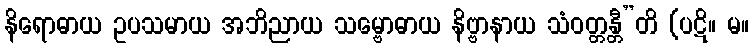
နိရောဓာယ ဥပသမာယ အဘိညာယ သမ္ဗောဓာယ နိဗ္ဗာနာယ သံဝတ္တန္တီ”တိ (ပဋိ။ မ။